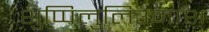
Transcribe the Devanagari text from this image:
शुप्पिलुलिउमाश